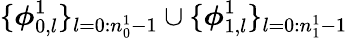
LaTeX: \{ \boldsymbol{\phi}_{0,l}^{1}\} _{l=0:n_{0}^{1}-1}\cup\{ \boldsymbol{\phi}_{1,l}^{1}\} _{l=0:n_{1}^{1}-1}